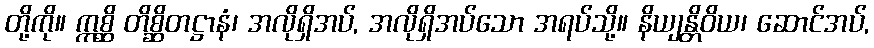
တို့ကို။ ဣစ္ဆိ တိစ္ဆိတဋ္ဌာနံ၊ အလိုရှိအပ်, အလိုရှိအပ်သော အရပ်သို့။ နိယျန္တိဝိယ၊ ဆောင်အပ်,